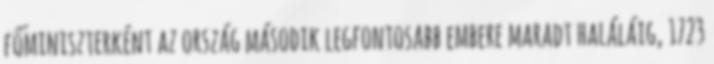
főminiszterként az ország második legfontosabb embere maradt haláláig, 1723